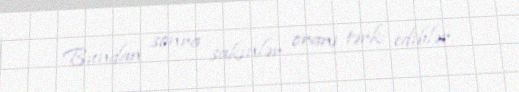
Bundan sonra sakinlər oranı tərk ediblər.